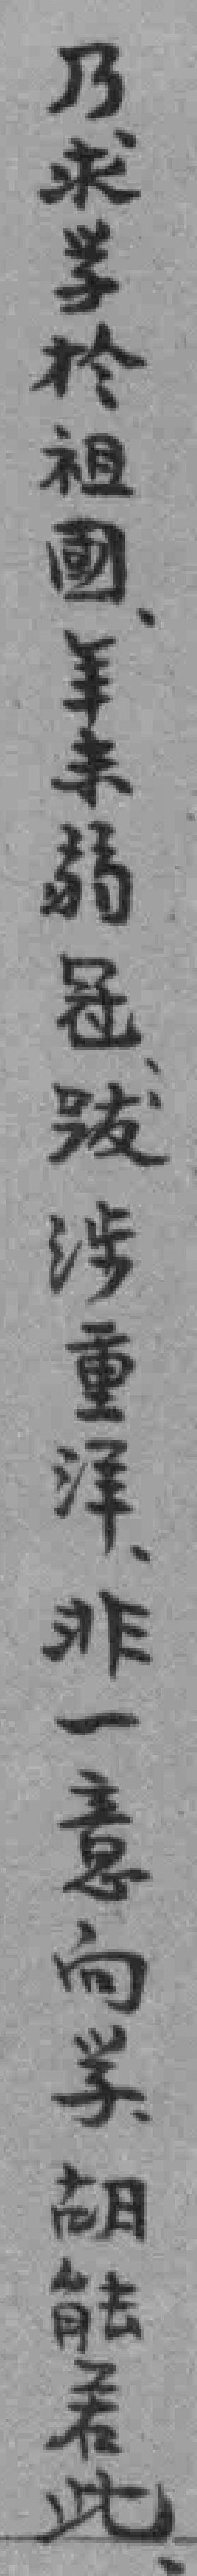
乃求学於祖國年未弱冠跋涉重洋非一意向*胡能君此